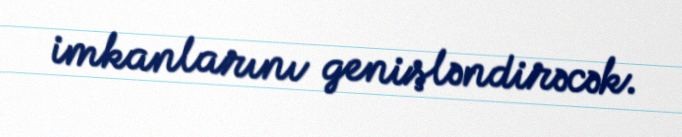
imkanlarını genişləndirəcək.